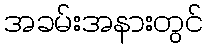
အခမ်းအနားတွင်